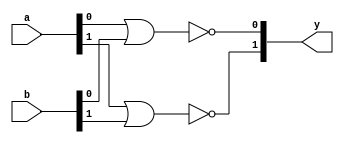
`timescale 1ns / 1ps
/////////////////////////////////////////////////////////////////
// Module Name: xup_nor_vector
/////////////////////////////////////////////////////////////////
module xup_and_vector #(parameter SIZE=2, DELAY=3)(
    input [SIZE-1:0] a,
    input [SIZE-1:0] b,
    output [SIZE-1:0] y
    );

   genvar i;
    generate
       for (i=0; i < SIZE; i=i+1) 
       begin: nor_i
          nor #DELAY(y[i], a[i], b[i]);
       end
    endgenerate

endmodule